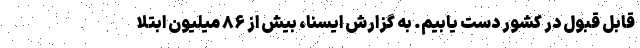
قابل قبول در کشور دست یابیم. به گزارش ایسنا، بیش از ۸۶ میلیون ابتلا